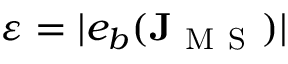
\varepsilon = | e _ { b } ( \mathbf { J } _ { \mathrm { ~ M ~ S ~ } } ) |